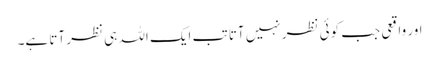
اور واقعی جب کوئی نظر نہیں آتا تب ایک اللہ ہی نظر آتا ہے۔